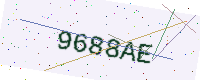
Text: 9688AE